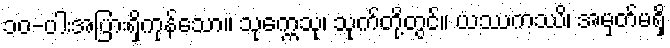
၁၀-ပါးအပြားရှိကုန်သော။ သုက္ကေသု၊ သုက်တို့တွင်။ ယဿကဿိ၊ အမှတ်မရှိ